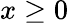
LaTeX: x\ge 0